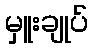
မှူးချုပ်